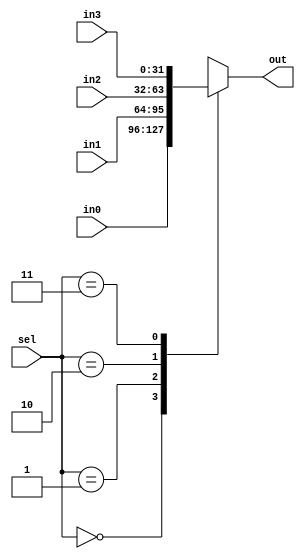
`timescale 1ns / 1ps
//////////////////////////////////////////////////////////////////////////////////
// Company: 
// Engineer: 
// 
// Design Name: 
// Module Name: mux4
// Project Name: 
// Target Devices: 
// Tool Versions: 
// Description: 
// 
// Dependencies: 
// 
// Revision:
// Revision 0.01 - File Created
// Additional Comments:
// 
//////////////////////////////////////////////////////////////////////////////////


module mux4(
    in0,
    in1,
    in2,
    in3,
    sel,
    out
    );
input [31:0] in0, in1, in2, in3;
input [1:0] sel;
output [31:0] out;

reg [31:0] out;

initial begin
    out <= 32'd0;
end

always @(*)
begin

case (sel)
    2'd0: out <= in0;
    2'd1: out <= in1;
    2'd2: out <= in2;
    2'd3: out <= in3;
endcase
end

endmodule